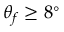
\theta _ { f } \geq 8 ^ { \circ }